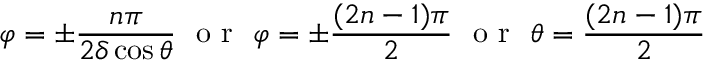
\varphi = \pm \frac { n \pi } { 2 \delta \cos { \theta } } \ \mathrm { ~ o ~ r ~ } \ \varphi = \pm \frac { ( 2 n - 1 ) \pi } { 2 } \ \mathrm { ~ o ~ r ~ } \ \theta = \frac { ( 2 n - 1 ) \pi } { 2 }